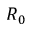
R _ { 0 }